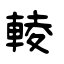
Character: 輘